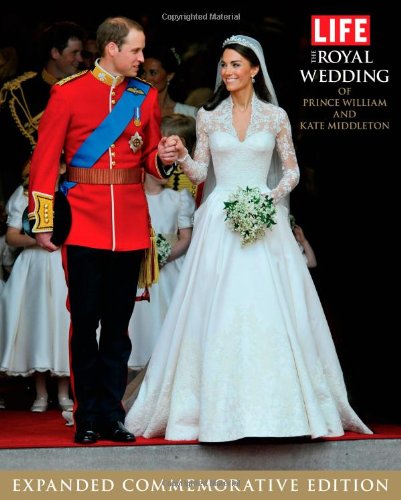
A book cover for LIFE The Royal Wedding of Prince William and Kate Middleton: Expanded, Commemorative Edition (Life (Life Books)); Editors of Life; Crafts, Hobbies & Home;